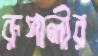
রূপালীর